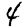
Digit: 4